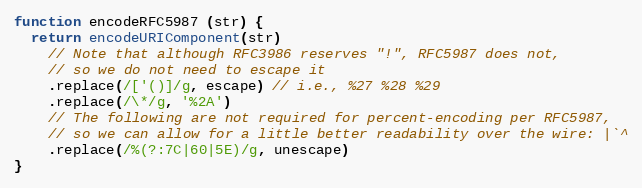
Language: JavaScript
function encodeRFC5987 (str) {
  return encodeURIComponent(str)
    // Note that although RFC3986 reserves "!", RFC5987 does not,
    // so we do not need to escape it
    .replace(/['()]/g, escape) // i.e., %27 %28 %29
    .replace(/\*/g, '%2A')
    // The following are not required for percent-encoding per RFC5987,
    // so we can allow for a little better readability over the wire: |`^
    .replace(/%(?:7C|60|5E)/g, unescape)
}